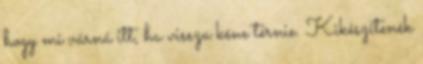
hogy mi várná itt, ha vissza kéne térnie. Kikészítenék